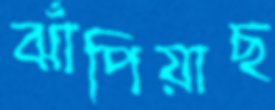
ঝাঁপিয়াছ